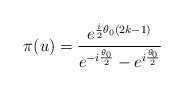
\begin{align*}\pi(u)=\frac{e^{\frac{i}{2}\theta_{0}(2k-1)}}{e^{-i\frac{\theta_{0}}{2}} -e^{i\frac{\theta_{0}}{2}}}\end{align*}